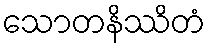
သောတနိဿိတံ